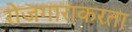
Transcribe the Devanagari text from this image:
रोजगाराकरता